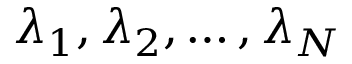
\lambda _ { 1 } , \lambda _ { 2 } , \ldots , \lambda _ { N }